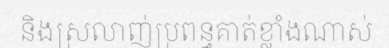
និងស្រលាញ់ប្រពន្ធគាត់ខ្លាំងណាស់